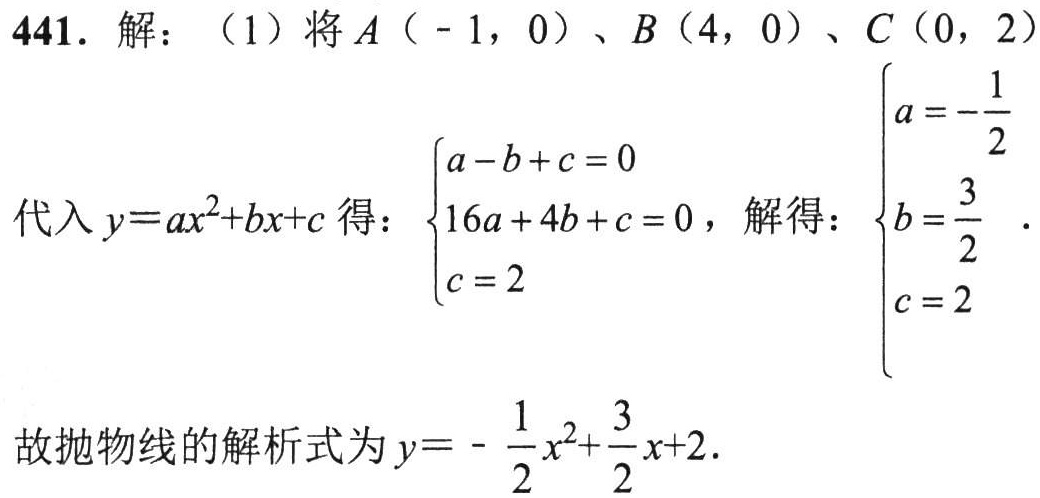
441. 解：（1）将\(A(-1,0)\)、\(B(4,0)\)、\(C(0,2)\)
代入\(y = ax^{2}+bx + c\)得：\(\begin{cases}a - b + c = 0\\16a + 4b + c = 0\\c = 2\end{cases}\)，解得：\(\begin{cases}a = -\dfrac{1}{2}\\b = \dfrac{3}{2}\\c = 2\end{cases}\)。
故抛物线的解析式为\(y = -\dfrac{1}{2}x^{2}+\dfrac{3}{2}x + 2\)。